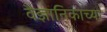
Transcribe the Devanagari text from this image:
वैज्ञानिकाच्या